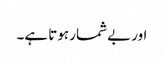
اور بے شمار ہوتا ہے۔